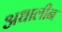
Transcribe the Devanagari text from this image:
अधालीन